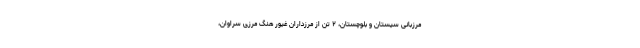
مرزبانی سیستان و بلوچستان، ۲ تن از مرزداران غیور هنگ مرزی سراوان،